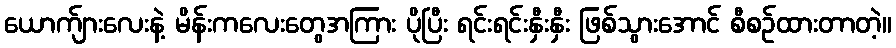
ယောက်ျားလေးနဲ့ မိန်းကလေးတွေအကြား ပိုပြီး ရင်းရင်းနှီးနှီး ဖြစ်သွားအောင် စီစဉ်ထားတာတဲ့။